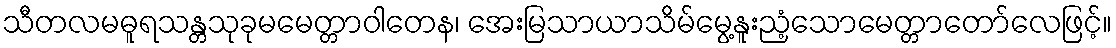
သီတလမဓူရသန္တသုခုမမေတ္တာဝါတေန၊ အေးမြသာယာသိမ်မွေ့နူးညံ့သောမေတ္တာတော်လေဖြင့်။